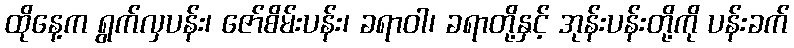
ထိုနေ့က ရွက်လှပန်း၊ ဇော်စိမ်းပန်း၊ ခရာဝါ၊ ခရာတို့နှင့် အုန်းပန်းတို့ကို ပန်းခက်